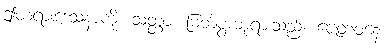
ဤတရားဒေသနာကို။ သတ္ထာ၊ မြတ်စွာဘုရားသည်။ ဇေတဝနေ၊